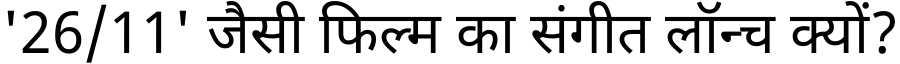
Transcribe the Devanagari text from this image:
'26/11' जैसी फिल्म का संगीत लॉन्च क्यों?